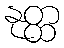
နုတ္ထ